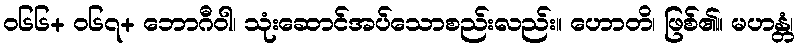
ဝ၆၆+ ဝ၆၇+ ဘောဂီဝါ၊ သုံးဆောင်အပ်သောစည်းလည်း။ ဟောတိ၊ ဖြစ်၏။ မဟန္တံ၊